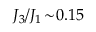
J _ { 3 } / J _ { 1 } \! \sim \! 0 . 1 5